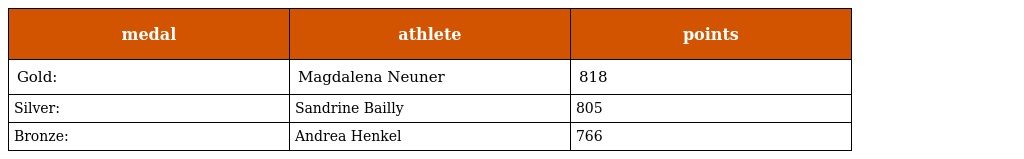
| medal | athlete | points |
 | --- | --- | --- |
 | Gold: | Magdalena Neuner | 818 |
 | Silver: | Sandrine Bailly | 805 |
 | Bronze: | Andrea Henkel | 766 |